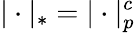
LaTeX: |\cdot|_{*}=|\cdot|_{p}^{c}